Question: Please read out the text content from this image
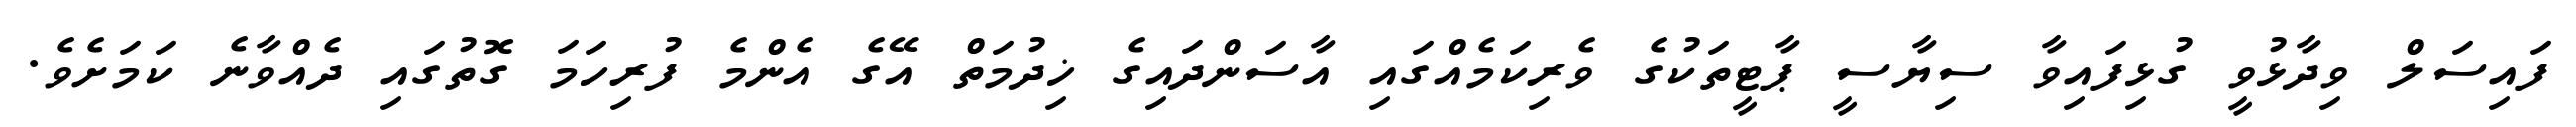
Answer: ފައިސަލް ވިދާޅުވީ ގުޅިފައިވާ ސިޔާސީ ޕާޓީތަކުގެ ވެރިކަމެއްގައި އާސަންދައިގެ ޚިދުމަތް އޭގެ އެންމެ ފުރިހަމަ ގޮތުގައި ދެއްވާނެ ކަމަށެވެ.